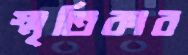
স্মৃতিকার